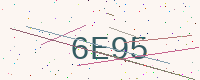
Text: 6E95